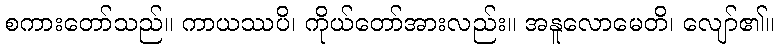
စကားတော်သည်။ ကာယဿပိ၊ ကိုယ်တော်အားလည်း။ အနူလောမေတိ၊ လျော်၏။